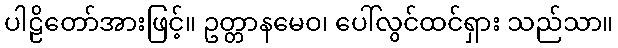
ပါဠိတော်အားဖြင့်။ ဥတ္တာနမေဝ၊ ပေါ်လွင်ထင်ရှား သည်သာ။